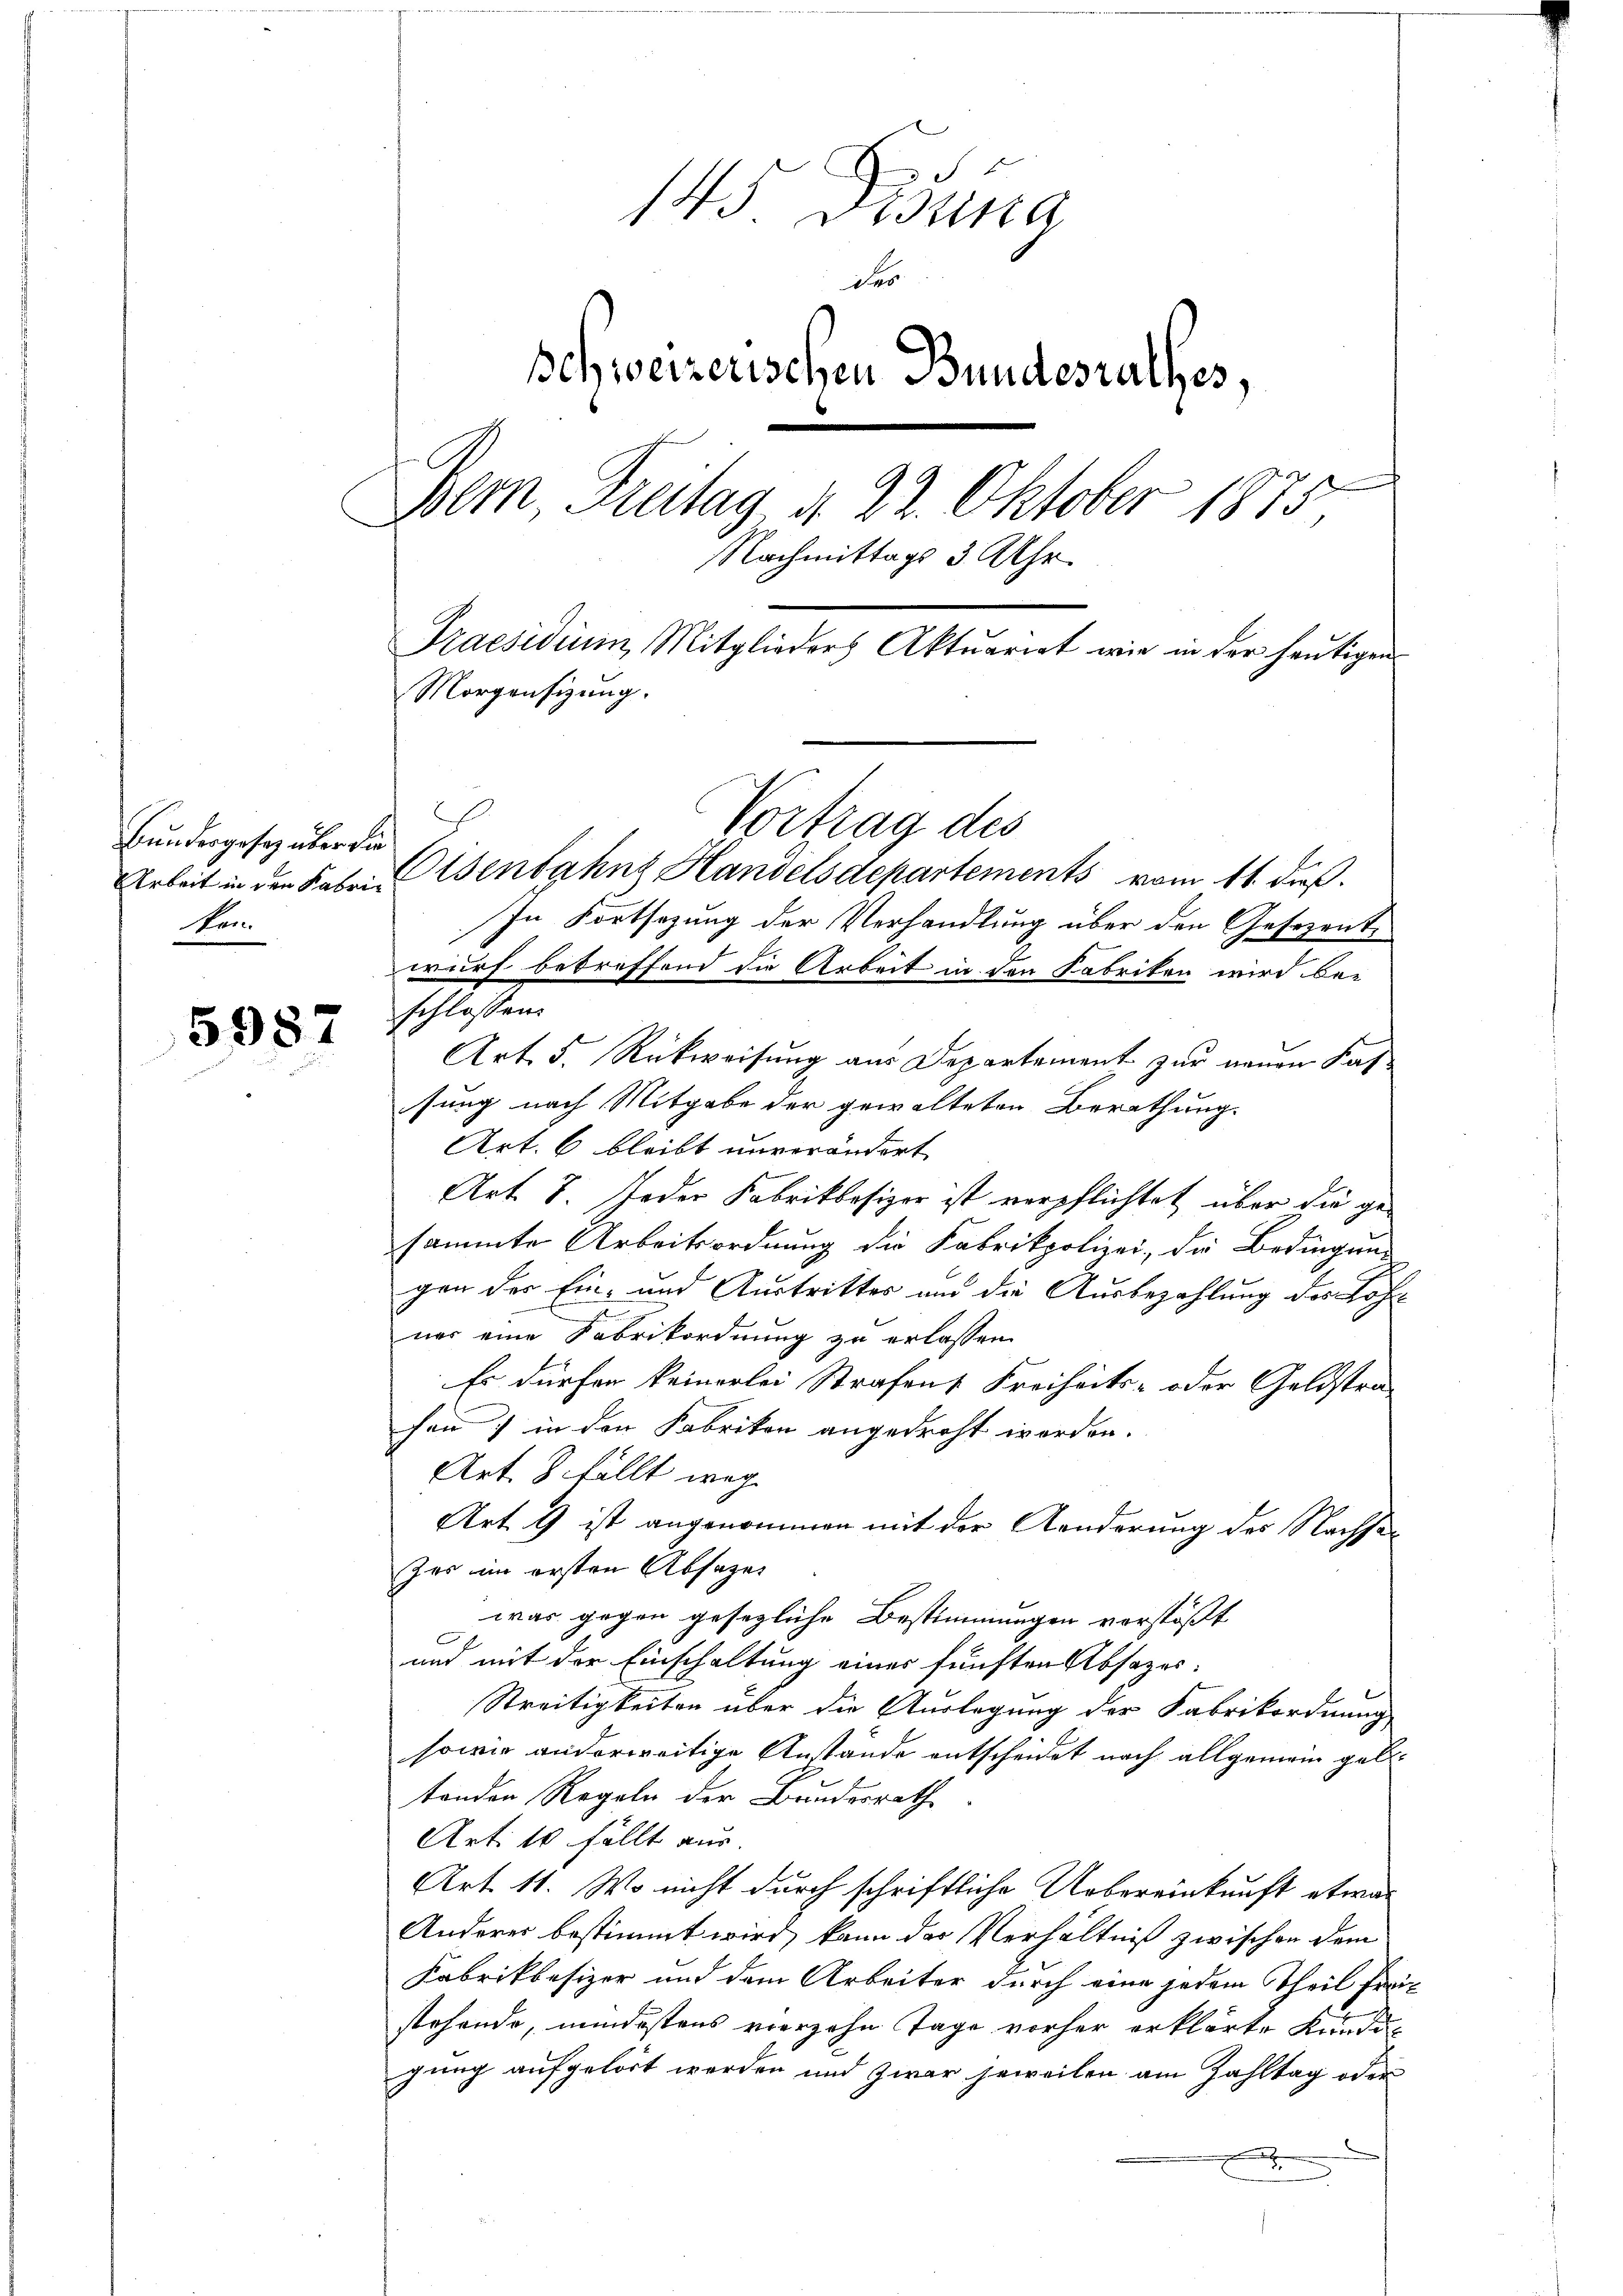
Bundesgesetz über die
ken.

5987

145 Disena
des
schweizerischen Bundesrathes,
Bem, Freitag 4. 22. Oktober 1875,
Nachmittags 3 Uhr.
Praesidium Mitglieders Aktuariat wie in der heŭtigen
Morgensizung.

Vortrag des
Arbeit in den Fahre senbahnz Handelsdepartements vom 11. dieß.
In Fortsezung der Verhandlung über den Gesezente
wurf betreffend die Arbeit in den Fabriken wird bei
schlossen:
Art. 5. Rückweisung aus Departement zur neuen Kassung nach Mitgabe der gewalteten Berathung.
Art. 6 bleibt unverändert
Art. 8. Jeder Fabrikbesizer ist verpflichtet über die gesammte Arbeitsordnung die Fabrikpolizei, die Bedingung
gen der Ein- und Austrittes und die Ausbezahlung des Lohner eine Fabrikordnung zu erlassen.
Es dürfen keinerlei Strafens Freiheits- oder Geldstra-
hen) in den Fabrikon angedroht worden.
Art. 3. fällt weg
Art. 9 ist angenommen mit der Aenderung des Nachsezes im ersten Absagen
was gegen gesezliche Bestimmungen vorstößt
und mit der Einschaltung eines fünften Absazes.
Streitigkeiten über die Auslegung der Fabrikordnung
sowie anderweitige Anstande entscheidet nach allgemein geletenden Regeln der Bundesrath
Art. 10 fällt aus.
Art. 11. Wo nicht durch schriftliche Uebereinkunft etwas
Anderer bestimmt wird, kann das Verhältniß zwischen dem
Fabrikbesizer und dem Arbeiter durch eine jedem Theil freistehende, mindestens vierzehn Tage vorher erklärte Kundegung aufgelöst werden und zwar jeweilen am Zahltag oder
x